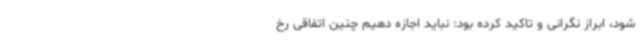
شود، ابراز نگرانی و تاکید کرده بود: نباید اجازه دهیم چنین اتفاقی رخ